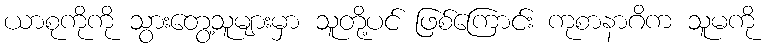
ယာစုကိုကို သွားတွေ့သူများမှာ သူတို့ပင် ဖြစ်ကြောင်း ကုစာနာဂိက သူမကို